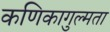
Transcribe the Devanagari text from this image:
कणिकागुल्मता